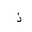
Letter: _thal